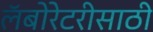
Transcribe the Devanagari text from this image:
लॅबोरेटरीसाठी